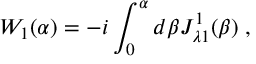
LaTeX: W _ { 1 } ( \alpha ) = - i \int _ { 0 } ^ { \alpha } d \beta J _ { \lambda 1 } ^ { 1 } ( \beta ) \; ,